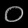
Digit: ၀